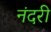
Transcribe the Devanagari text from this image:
नंदरी